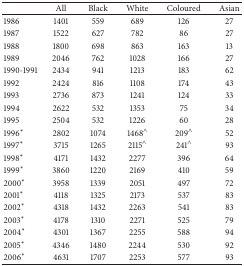
<table><thead><tr><td><b> </b></td><td><b>All </b></td><td><b>Black </b></td><td><b>White </b></td><td><b>Coloured </b></td><td><b>Asian</b></td></tr></thead><tbody><tr><td>1986</td><td>1401</td><td>559</td><td>689</td><td>126</td><td>27</td></tr><tr><td>1987</td><td>1522</td><td>627</td><td>782</td><td>86</td><td>27</td></tr><tr><td>1988</td><td>1800</td><td>698</td><td>863</td><td>163</td><td>13</td></tr><tr><td>1989</td><td>2046</td><td>762</td><td>1028</td><td>166</td><td>27</td></tr><tr><td>1990-1991 </td><td>2434</td><td>941</td><td>1213</td><td>183</td><td>62</td></tr><tr><td>1992</td><td>2424</td><td>816</td><td>1108</td><td>174</td><td>43</td></tr><tr><td>1993</td><td>2736</td><td>873</td><td>1241</td><td>124</td><td>33</td></tr><tr><td>1994</td><td>2622</td><td>532</td><td>1353</td><td>75</td><td>34</td></tr><tr><td>1995</td><td>2504</td><td>532</td><td>1226</td><td>60</td><td>28</td></tr><tr><td>1996*</td><td>2802</td><td>1074</td><td>1468<sup>∧</sup></td><td>209<sup>∧</sup></td><td>52</td></tr><tr><td>1997*</td><td>3715</td><td>1265</td><td>2115<sup>∧</sup></td><td>241<sup>∧</sup></td><td>93</td></tr><tr><td>1998*</td><td>4171</td><td>1432</td><td>2277</td><td>396</td><td>64</td></tr><tr><td>1999*</td><td>3860</td><td>1220</td><td>2169</td><td>410</td><td>59</td></tr><tr><td>2000*</td><td>3958</td><td>1339</td><td>2051</td><td>497</td><td>72</td></tr><tr><td>2001*</td><td>4118</td><td>1325</td><td>2173</td><td>537</td><td>83</td></tr><tr><td>2002*</td><td>4318</td><td>1432</td><td>2263</td><td>541</td><td>83</td></tr><tr><td>2003*</td><td>4178</td><td>1310</td><td>2271</td><td>525</td><td>79</td></tr><tr><td>2004*</td><td>4301</td><td>1367</td><td>2255</td><td>588</td><td>94</td></tr><tr><td>2005*</td><td>4346</td><td>1480</td><td>2244</td><td>530</td><td>92</td></tr><tr><td>2006*</td><td>4631</td><td>1707</td><td>2253</td><td>577</td><td>93</td></tr></tbody></table>